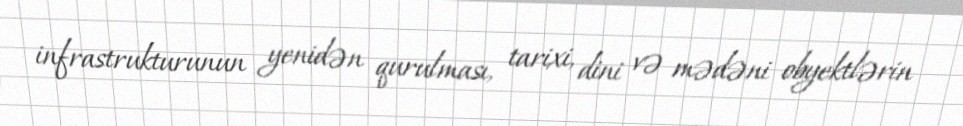
infrastrukturunun yenidən qurulması, tarixi, dini və mədəni obyektlərin